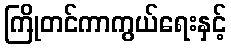
ကြိုတင်ကာကွယ်ရေးနှင့်